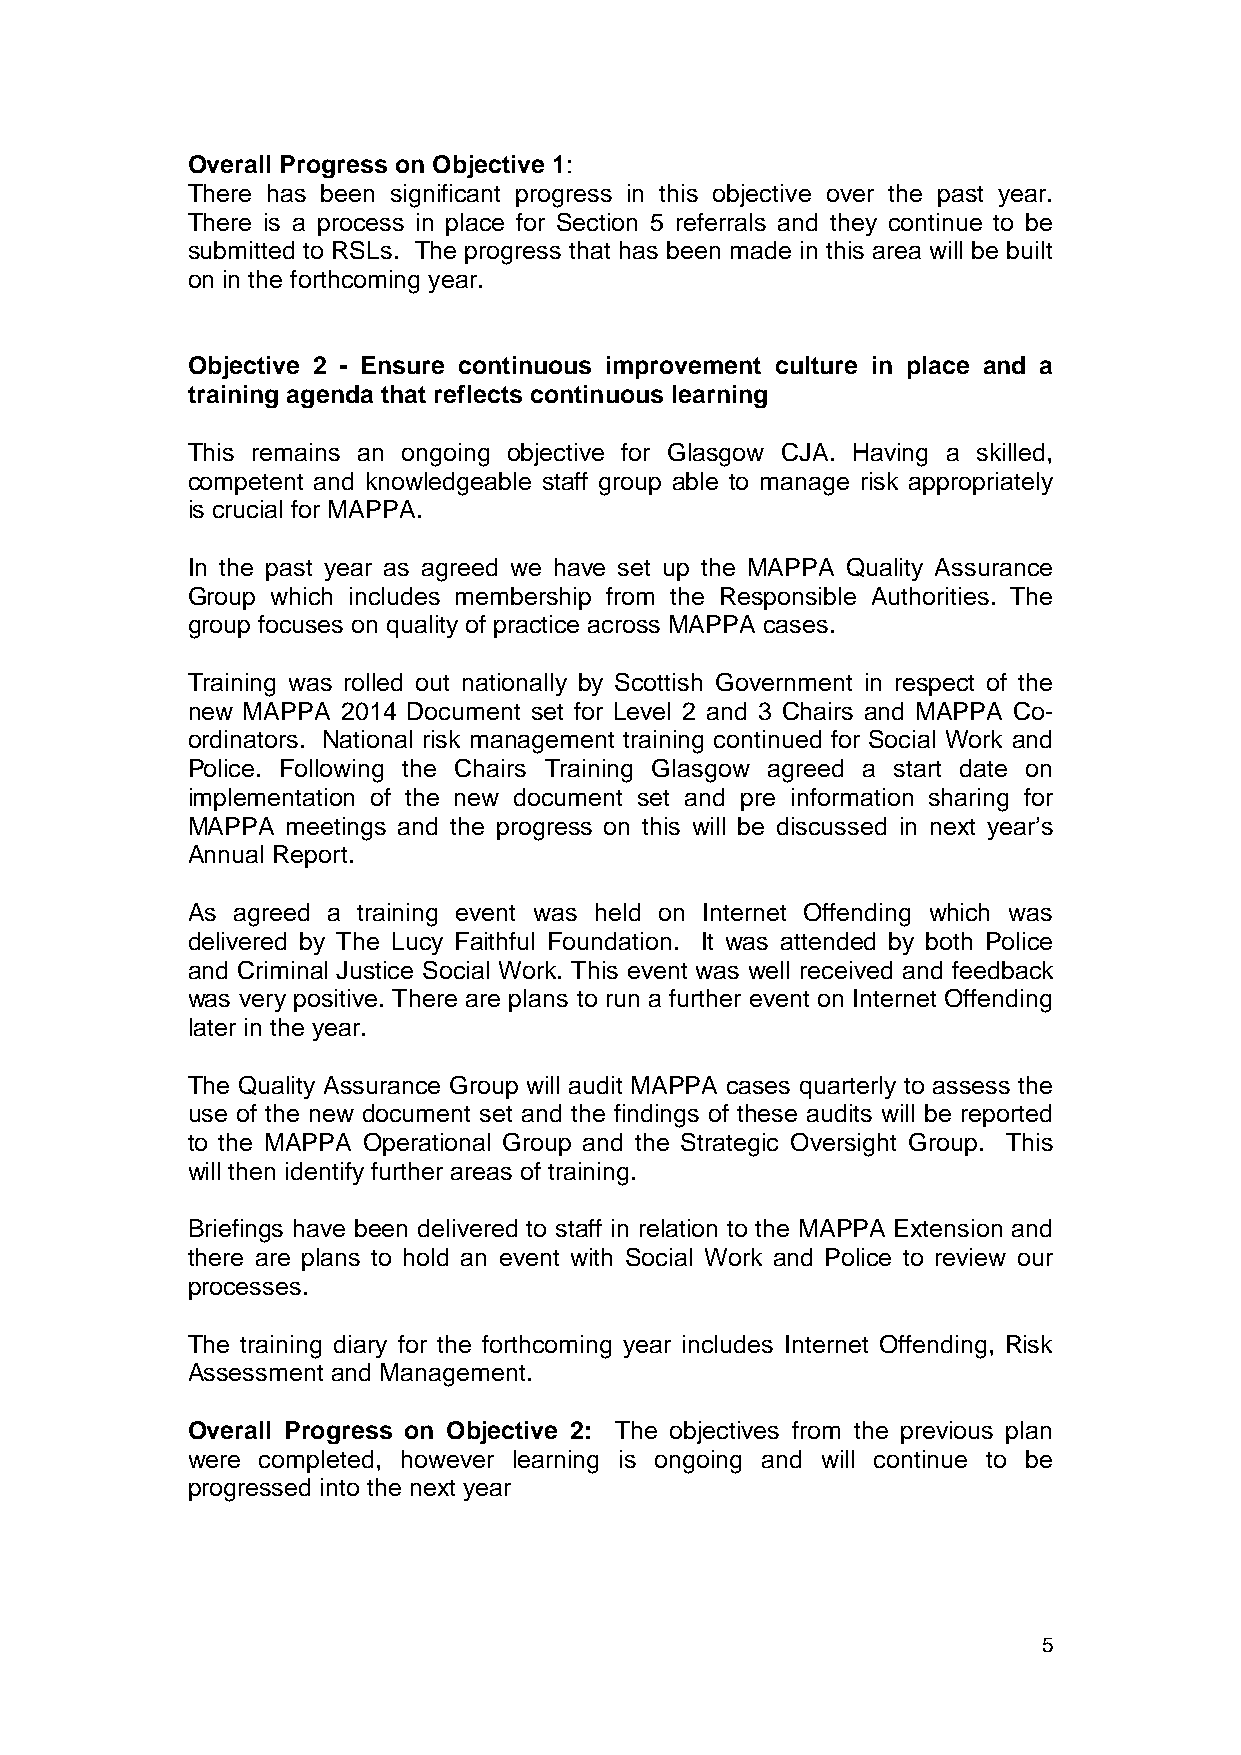
Overall Progress on Objective 1:
 There has been significant progress in this objective over the past year.
 There is a process in place for Section 5 referrals and they continue to be
 submitted to RSLs. The progress that has been made in this area will be built
 on in the forthcoming year.
 Objective 2 - Ensure continuous improvement culture in place and a
 training agenda that reflects continuous learning
 This remains an ongoing objective for Glasgow CJA. Having a skilled,
 competent and knowledgeable staff group able to manage risk appropriately
 is crucial for MAPPA.
 In the past year as agreed we have set up the MAPPA Quality Assurance
 Group which includes membership from the Responsible Authorities. The
 group focuses on quality of practice across MAPPA cases.
 Training was rolled out nationally by Scottish Government in respect of the
 new MAPPA  2014 Document set for Level 2 and 3 Chairs and MAPPA Co-
 ordinators. National risk management training continued for Social Work and
 Police. Following the Chairs Training Glasgow agreed a start date on
 implementation of the new document set and pre information sharing for
 MAPPA  meetings and the progress on this will be discussed in next year’s
 Annual Report.
 As agreed a training event was held on Internet Offending which was
 delivered by The Lucy Faithful Foundation. It was attended by both Police
 and Criminal Justice Social Work. This event was well received and feedback
 was very positive. There are plans to run a further event on Internet Offending
 later in the year.
 The Quality Assurance Group will audit MAPPA cases quarterly to assess the
 use of the new document set and the findings of these audits will be reported
 to the MAPPA Operational Group and the Strategic Oversight Group. This
 will then identify further areas of training.
 Briefings have been delivered to staff in relation to the MAPPA Extension and
 there are plans to hold an event with Social Work and Police to review our
 processes.
 The training diary for the forthcoming year includes Internet Offending, Risk
 Assessment and Management.
 Overall Progress on Objective 2: The objectives from the previous plan
 were completed, however learning is ongoing and will continue to be
 progressed into the next year
 5